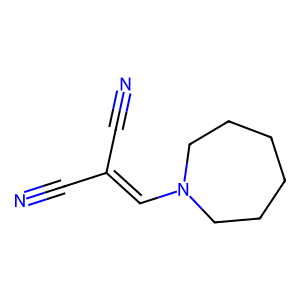
SMILES: N#CC(C#N)=CN1CCCCCC1
Inhibits HIV replication: No